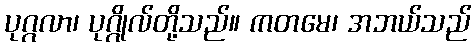
ပုဂ္ဂလာ၊ ပုဂ္ဂိုလ်တို့သည်။ ကတမေ၊ အဘယ်သည်